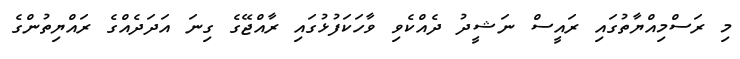
މި ރަސްމިއްޔާތުގައި ރައީސް ނަޝީދު ދެއްކެވި ވާހަކަފުޅުގައި ރާއްޖޭގެ ގިނަ އަދަދެއްގެ ރައްޔިތުންގެ